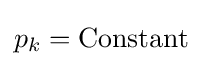
p_{k}={\text{Constant}}